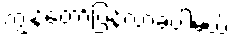
ကျွန်တော်ပြန်လာခဲ့ပါ့မယ်